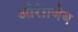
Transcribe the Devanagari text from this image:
औरंग़जेब